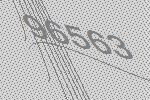
96563